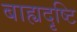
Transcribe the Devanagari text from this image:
बाह्यदृष्टि